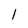
Character: l